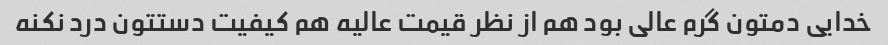
خدایی دمتون گرم عالی بود هم از نظر قیمت عالیه هم کیفیت دستتون درد نکنه